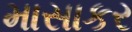
માસાકર